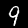
Digit: 9